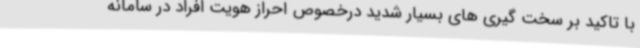
با تاکید بر سخت گیری های بسیار شدید درخصوص احراز هویت افراد در سامانه